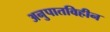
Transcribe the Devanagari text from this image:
अनुपातविहीन